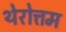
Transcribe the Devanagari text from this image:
थेरोत्तम